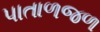
પાતાળજળ